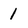
Character: 1